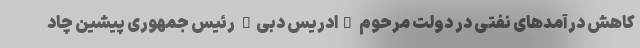
کاهش درآمدهای نفتی در دولت مرحوم "ادریس دبی" رئیس جمهوری پیشین چاد